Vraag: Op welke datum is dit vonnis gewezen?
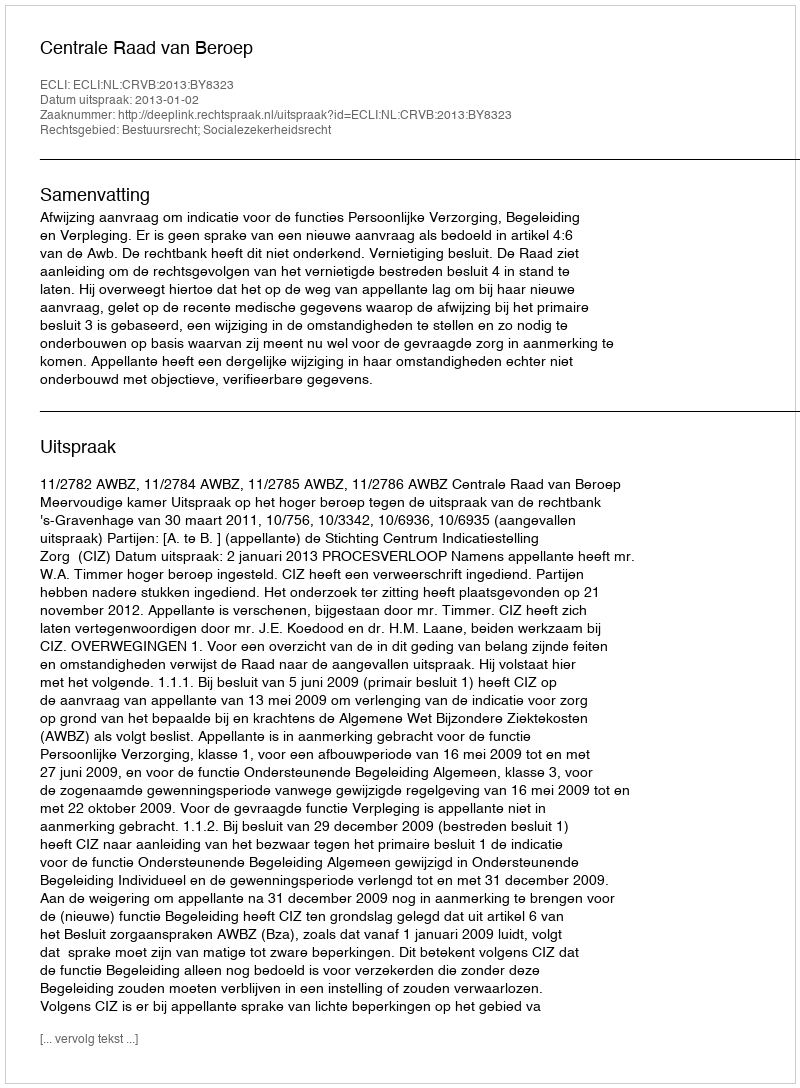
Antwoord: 2013-01-02